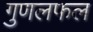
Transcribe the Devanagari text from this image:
गुणलफल